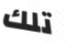
تلك